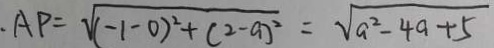
A P = \sqrt { ( - 1 - 0 ) ^ { 2 } + ( 2 - a ) ^ { 2 } } = \sqrt { a ^ { 2 } - 4 a + 5 }